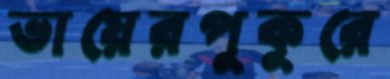
ভায়েরপুকুরে